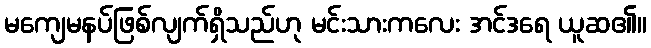
မကျေမနပ်ဖြစ်လျက်ရှိသည်ဟု မင်းသားကလေး အင်ဒရေ ယူဆ၏။